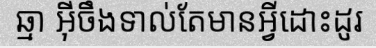
ឆ្មា អ៊ីចឹងទាល់តែមានអ្វីដោះដូរ